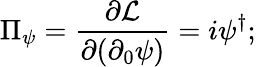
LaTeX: \Pi_{\psi}=\frac{\partial{\cal{L}}}{\partial(\partial_{0}\psi)}=i\psi^{\dagger};